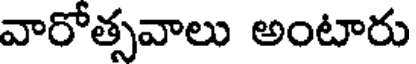
వారోత్సవాలు అంటారు